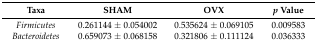
<table><thead><tr><td><b>Taxa</b></td><td><b>SHAM</b></td><td><b>OVX</b></td><td><b><i>p</i> Value</b></td></tr></thead><tbody><tr><td><i>Firmicutes</i></td><td>0.261144 ± 0.054002</td><td>0.535624 ± 0.069105</td><td>0.009583</td></tr><tr><td><i>Bacteroidetes</i></td><td>0.659073 ± 0.068158</td><td>0.321806 ± 0.111124</td><td>0.036333</td></tr></tbody></table>